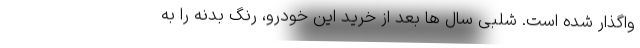
واگذار شده است. شلبی سال ها بعد از خرید این خودرو، رنگ بدنه را به